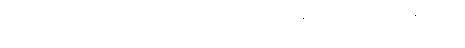
စစ်မက်တစ်ခုဖြစ်ပွားမှုအပြီးမှာ အမျိုးသားတွေအနေနဲ့ ဘာတွေ ဖြစ်လာနိုင်သလဲ။